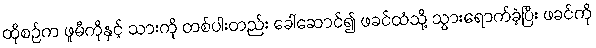
ထိုစဉ်က ဖူမီကိုနှင့် သားကို တစ်ပါးတည်း ခေါ်ဆောင်၍ ဖခင်ထံသို့ သွားရောက်ခဲ့ပြီး ဖခင်ကို